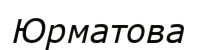
Юрматова